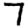
Digit: 7